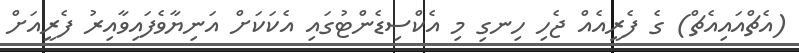
(އެޗްއައިއެޗް) ގެ ފެރީއެއް ޖެހި ހިނގި މި އެކްސިޑެންޓުގައި އެކަކަށް އަނިޔާވެފައިވާއިރު ފެރީއަށް